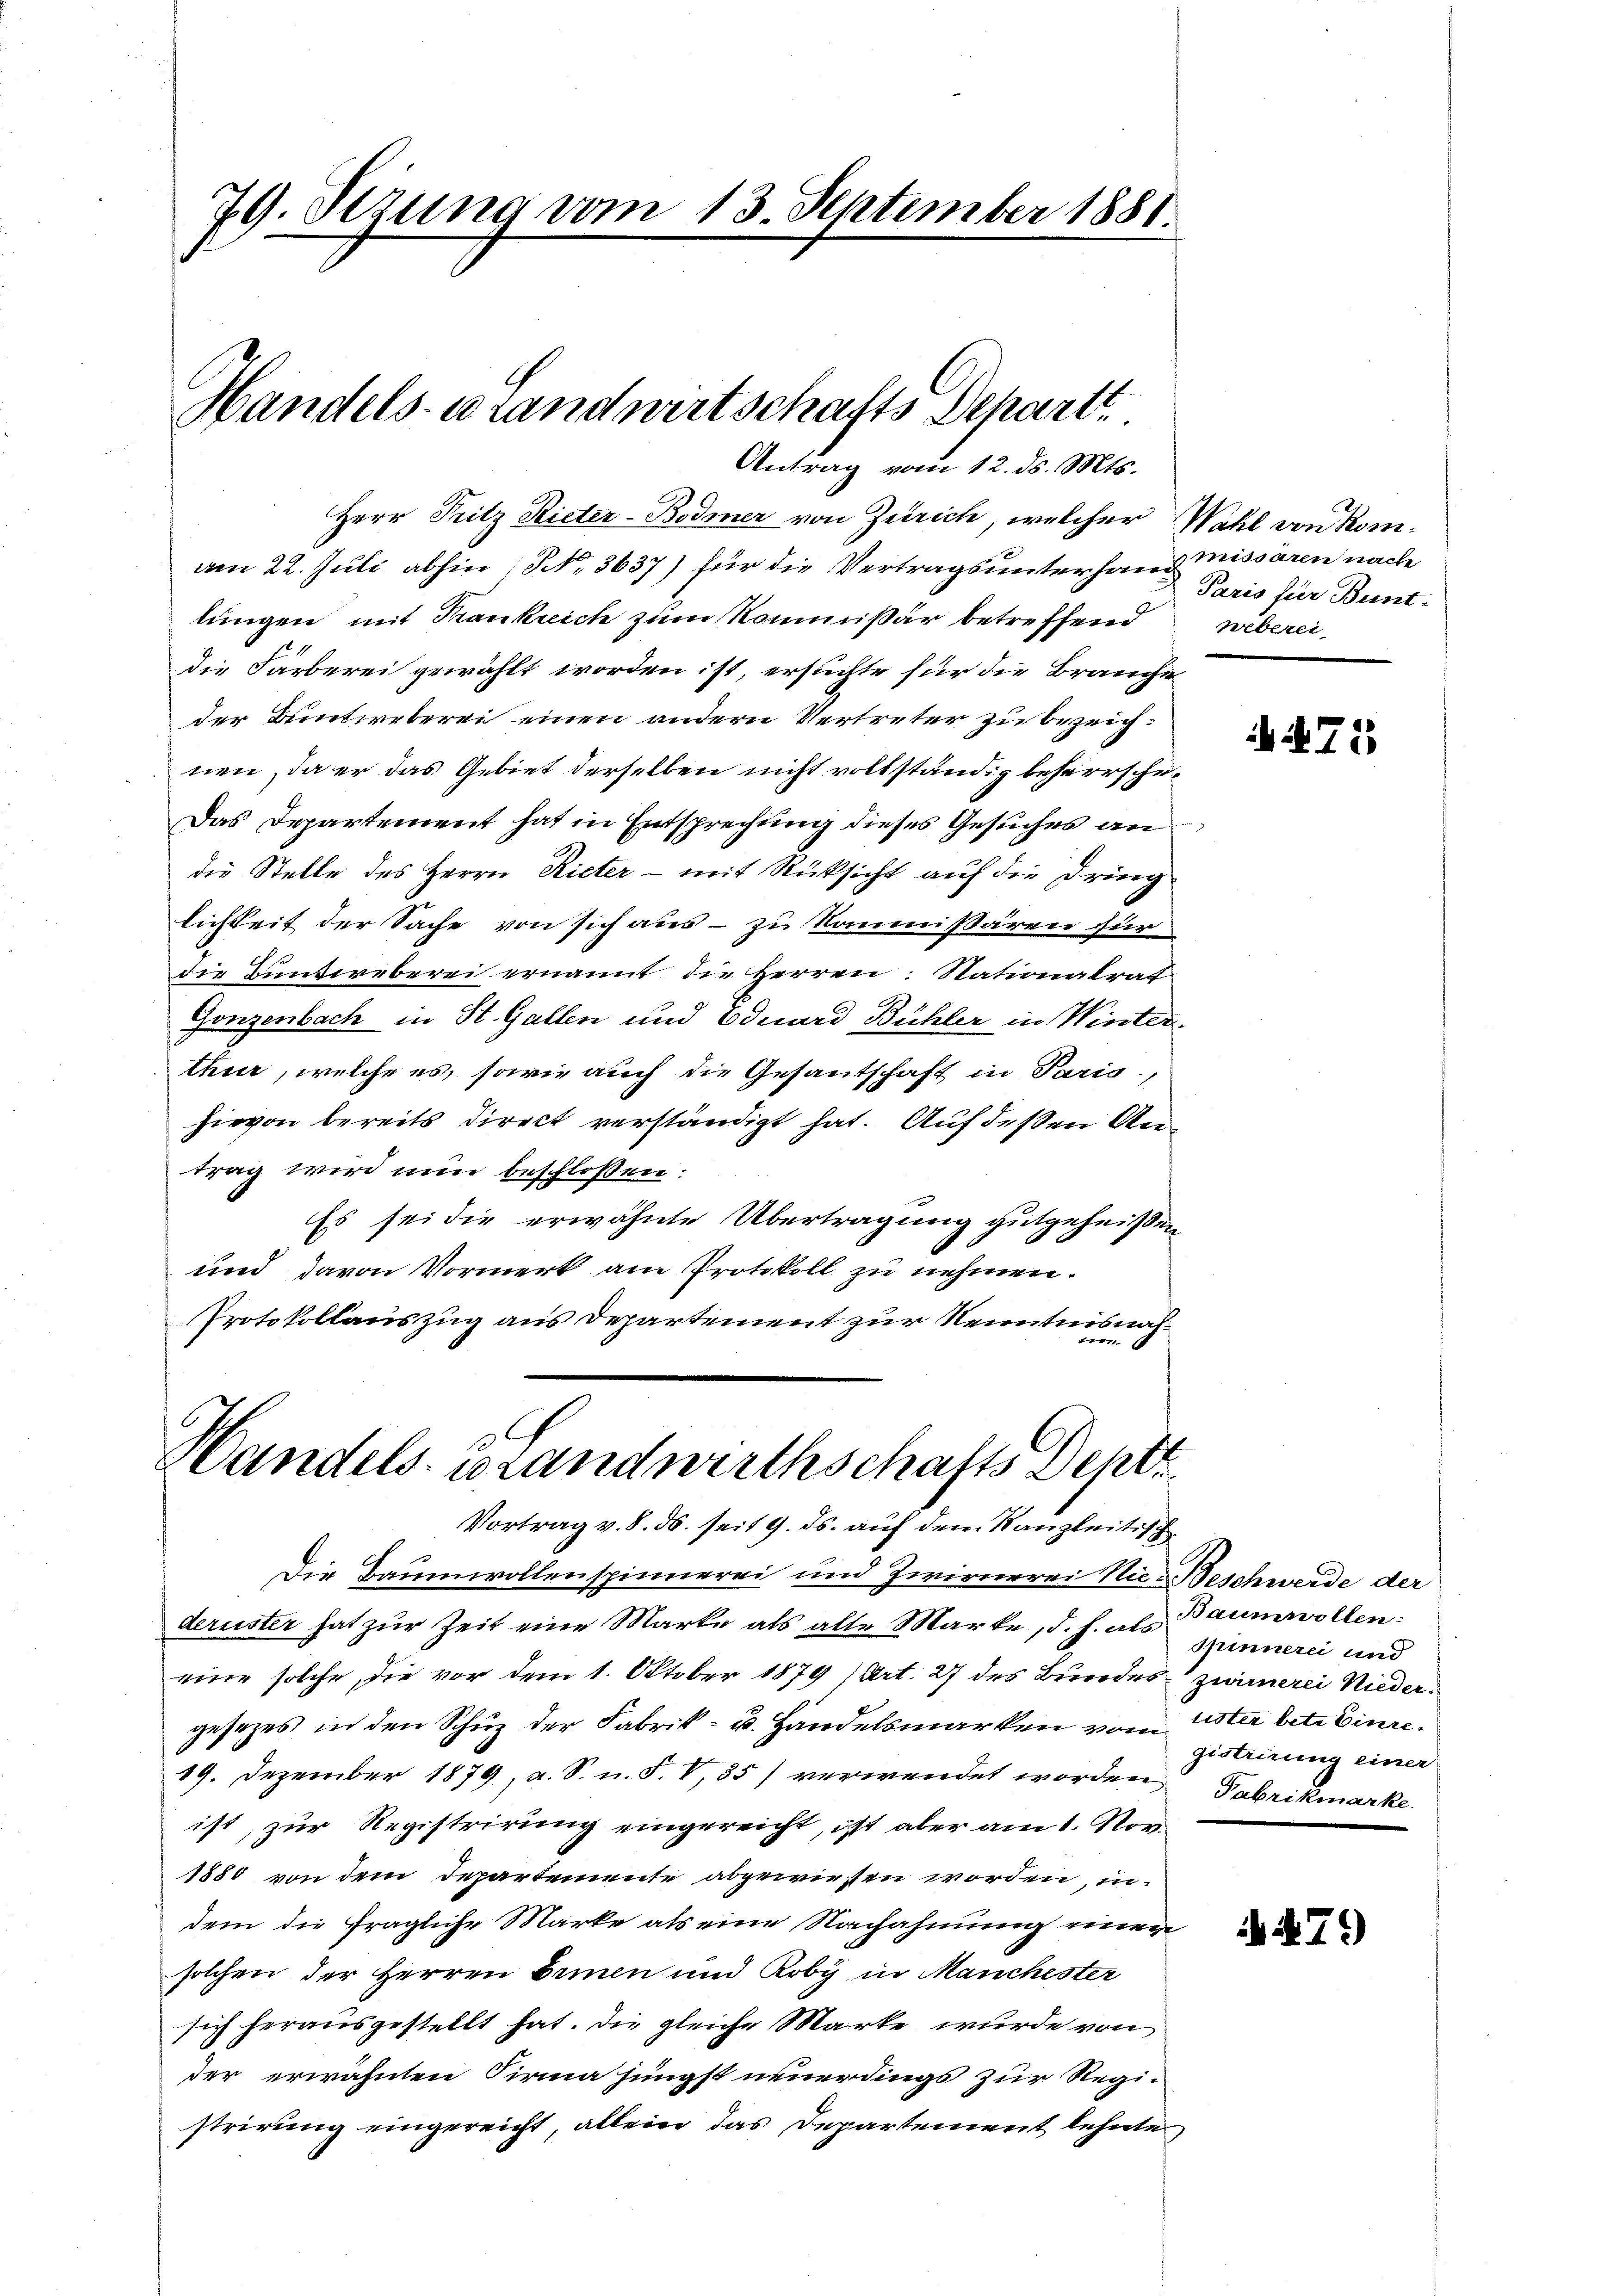
79. Sizung vom

Handels-Brandwirtschafts Schartt.

13. September 1881.

Antrag vom 12. ds. Mts.

Herr Pritz Rieter-Bodmer von Zürich, welcher Wahl von Romam 22. Juli abhin, No. 3637) für die Vertragsunterhand missären nache
lungen mit Krankreich zum Kommißär betreffend
die Färberei gewählt worden ist, ersuchte für die Brauche
der Buntweberei einen andern Vertreter zu bezeichnen, da er das Gebiet derselben nicht vollständig beherrschei
Das Departement hat in Entsprechung dieses Gesuches an
die Stelle des Herrn Rieter - mit Rücksicht auf die Dringlichkeit der Sache von sich aus - zu kommißären für
die Bundereberei ernannt die Herren: Nationalrat
Gonzenbach in St. Gallen und Eduard Bühler in Winter
thur, welche es, sowie auch die Gesantschaft in Paris,
hievon bereits direct verständigt hat. Auf dessen Antrag wird nun beschlossen:
Es sei die erwähnte Übertragung gutgeheißen
und davon Vormerk am Protokoll zu nehmen.
Protokollauszug aus Departement zur Kenntnisnahcon

C
Handels- Brandwirthschafts Deut
Vortrag v. 8. ds. seit 9. ds. auf dem Kanzleitisch

Die Baumwollenspinnerei und Zwirnerei Nie-Beschwerde der
deruster hat zur Zeit eine Marke als alte Marke, d. h. als Baumwolleneine solche, die vor dem 1. Oktober 1879 (Art. 27 des Bundes zwirnerei Niedergesezes in den Schuz der Fabrik- u. Handelsmarken vom 2ter betr. Einre
19. Dezember 1879, u. S. n. F. V,35) verwendet worden,
ist, zur Registrirung eingereicht, ist aber am 1. Nov.
1880 von dem Departemente abgewiesen worden, indem die fragliche Marke als eine Nachahmung einer
solchen der Herren Erinen und Roby in Manchester
sich herausgestellt hat. Die gleiche Marke wurde von
der erwähnten Firma jüngst neuerdings zur Registrirung eingereicht, allein das Departement lehnte

Paris hier Bunt-
Weberei

71

spinnerei und
gistrirung einer
Fabrikmarke

N 7)